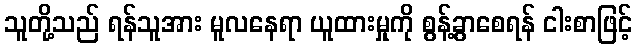
သူတို့သည် ရန်သူအား မူလနေရာ ယူထားမှုကို စွန့်ခွာစေရန် ငါးစာဖြင့်